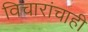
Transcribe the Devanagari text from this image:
विचारांचाही